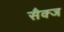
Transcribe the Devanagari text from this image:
सैक्ज